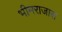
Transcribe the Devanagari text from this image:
भीमराजास